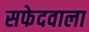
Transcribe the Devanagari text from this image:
सफेदवाला